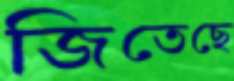
জিতেছে